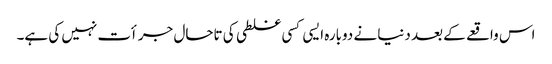
اس واقعے کے بعد دنیا نے دوبارہ ایسی کسی غلطی کی تاحال جرأت نہیں کی ہے۔